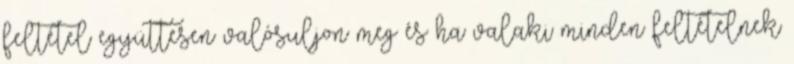
feltétel együttesen valósuljon meg és ha valaki minden feltételnek